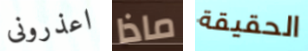
اعذرونى ماذا الحقيقة